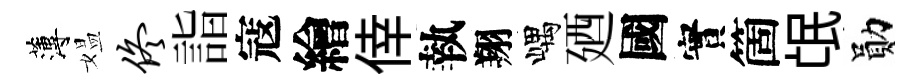
薄媪佟詣寇繪倖執翔嵎廼國實箇氓勛